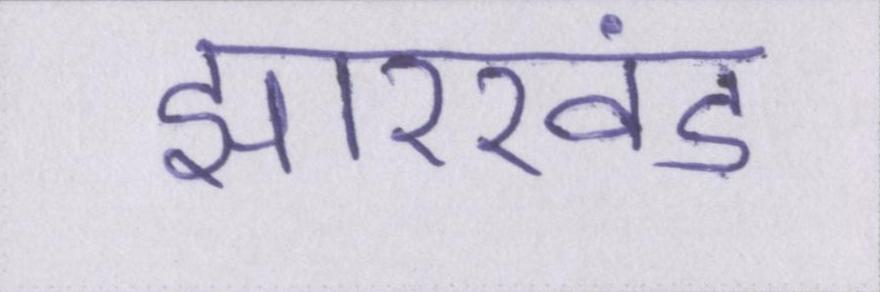
झारखंड